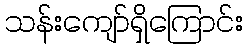
သန်းကျော်ရှိကြောင်း